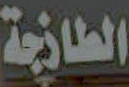
الطازجة